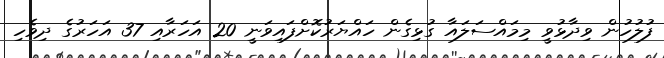
ފުލުހުން ވިދާޅުވީ މިމައްސަލައާ ގުޅިގެން ހައްޔަރުކޮށްފައިވަނީ 20 އަހަރާއި 37 އަހަރުގެ ދިވެހި